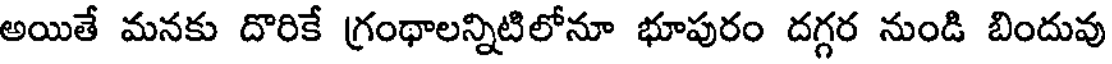
అయితే మనకు దొరికే గ్రంథాలన్నిటిలోనూ భూపురం దగ్గర నుండి బిందువు